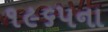
૧૯૬૫ના